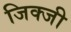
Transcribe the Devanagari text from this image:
जिक्जी